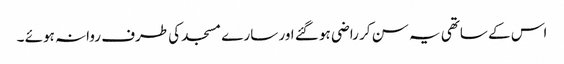
اس کے ساتھی یہ سن کر راضی ہو گئے اور سارے مسجد کی طرف روانہ ہوئے ۔